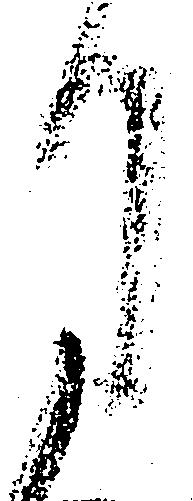
月